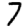
Digit: 7